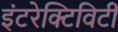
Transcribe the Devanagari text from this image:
इंटरेक्टिविटी